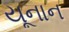
યૂનાન